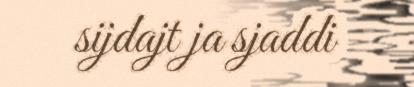
sijdajt ja sjaddi